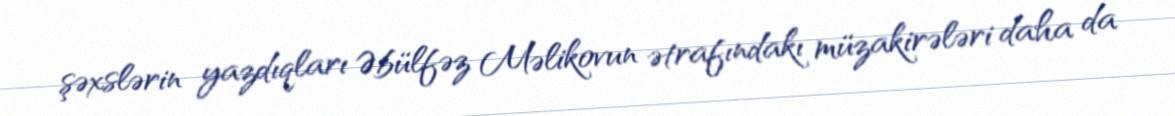
şəxslərin yazdıqları Əbülfəz Məlikovun ətrafındakı müzakirələri daha da